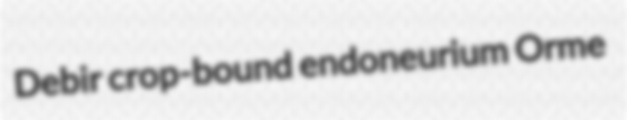
Debir crop-bound endoneurium Orme